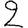
Digit: 2